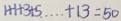
1 + 1 + 3 + 5 \cdots + 1 3 = 5 0